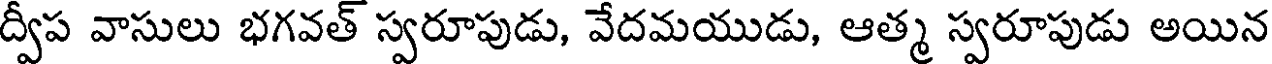
ద్వీప వాసులు భగవత్ స్వరూపుడు, వేదమయుడు, ఆత్మ స్వరూపుడు అయిన